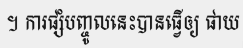
។ ការផ្សំបញ្ចូលនេះបានធ្វើឲ្យ ផាយ